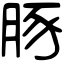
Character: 豚